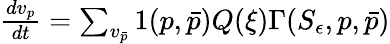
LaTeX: \begin{array}{r}{\frac{dv_{p}}{dt}=\sum_{v_{\bar{p}}}1(p,\bar{p})Q(\xi)\Gamma(S_{\epsilon},p,\bar{p})}\end{array}